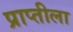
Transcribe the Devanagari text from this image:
प्राप्तीला